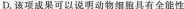
D.该项成果可以说明动物细胞具有全能性